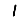
Digit: 1